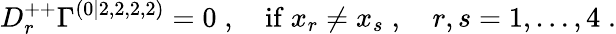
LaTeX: D_{r}^{++}\Gamma^{(0|2,2,2,2)}=0\; ,\quad\mathrm{if~}x_{r}\neq x_{s}\; ,\quad r,s=1,\ldots,4\; .